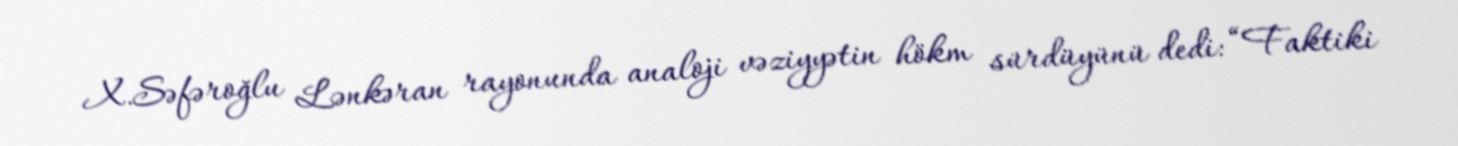
X.Səfəroğlu Lənkəran rayonunda analoji vəziyyətin hökm sürdüyünü dedi: “Faktiki